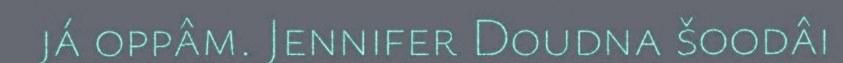
já oppâm. Jennifer Doudna šoodâi